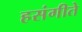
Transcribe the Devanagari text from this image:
हसंगीते